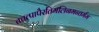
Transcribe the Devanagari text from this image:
तत्तत्पापैरतिमलिनमन्तर्मम